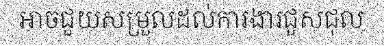
អាចជួយសម្រួលដល់ការងារជួសជុល